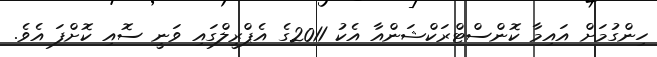
ހިންގުމަށް އައިމާ ކޮންސްޓްރަކްޝަންއާ އެކު 2011ގެ އެޕްރީލްގައި ވަނީ ސޮއި ކޮށްފަ އެވެ.